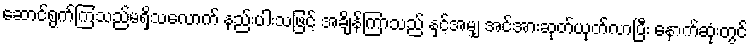
ဆောင်ရွက်ကြသည်မရှိသလောက် နည်းပါးသဖြင့် အချိန်ကြာသည် နှင့်အမျှ အင်အားဆုတ်ယုတ်လာပြီး နောက်ဆုံးတွင်